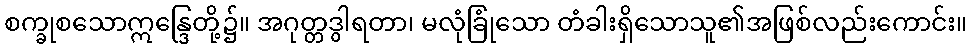
စက္ခုစသောဣန္ဒြေတို့၌။ အဂုတ္တဒွါရတာ၊ မလုံခြုံသော တံခါးရှိသောသူ၏အဖြစ်လည်းကောင်း။